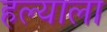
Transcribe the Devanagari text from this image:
हल्याला